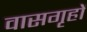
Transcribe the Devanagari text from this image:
वासगृहों